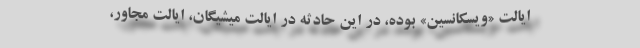
ایالت «ویسکانسین» بوده، در این حادثه در ایالت میشیگان، ایالت مجاور،